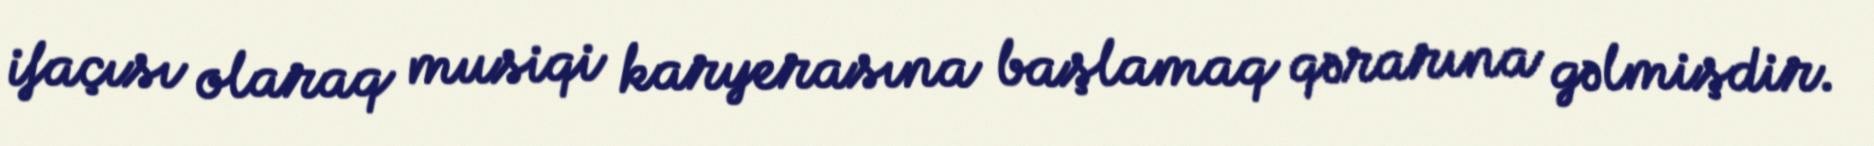
ifaçısı olaraq musiqi karyerasına başlamaq qərarına gəlmişdir.